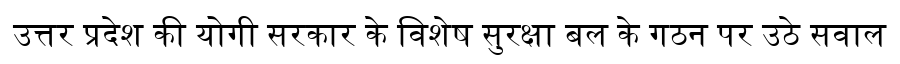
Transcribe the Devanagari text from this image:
उत्तर प्रदेश की योगी सरकार के विशेष सुरक्षा बल के गठन पर उठे सवाल